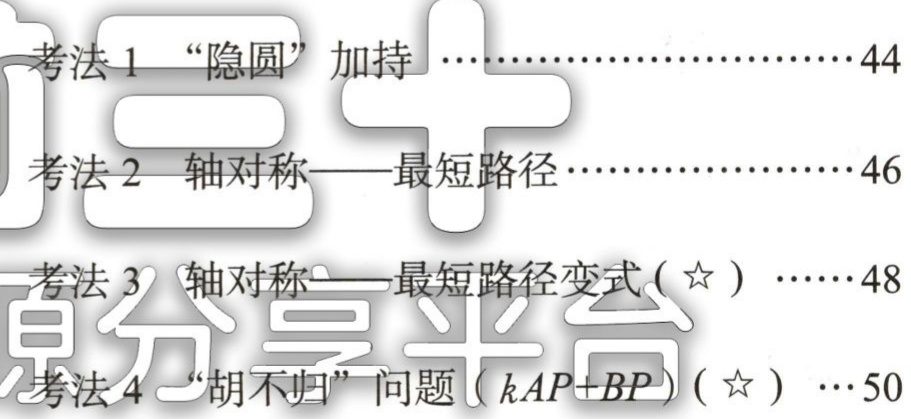
考法 1 “隐圆” 加持 ……………………44

考法 2 轴对称——最短路径 …………………46

考法 3 轴对称——最短路径变式(☆) ……48

考法 4 “胡不归” 问题( \(kAP + BP\))(☆) …50